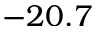
- 2 0 . 7